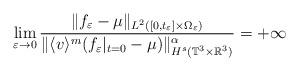
LaTeX: \begin{align*}\lim_{\varepsilon \to 0} \frac{ \| f_\varepsilon -\mu \|_{L^2([0,t_\varepsilon] \times \Omega_\varepsilon)}}{\| \langle v\rangle^m (f_\varepsilon|_{t=0} - \mu) \|^\alpha_{H^s(\mathbb{T}^3 \times \mathbb{R}^3)}}=+\infty\end{align*}